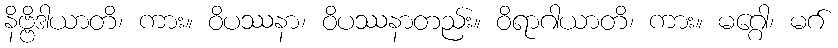
နိဗ္ဗိဒါယာတိ၊ ကား။ ဝိပဿနာ၊ ဝိပဿနာတည်း။ ဝိရာဂါယာတိ၊ ကား။ မဂ္ဂေါ၊ မဂ်